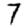
Digit: 7